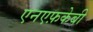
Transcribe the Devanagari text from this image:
एनएफ़केबी